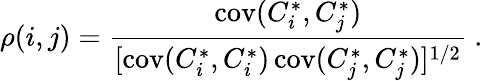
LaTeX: \rho(i,j)=\frac{\mathrm{cov}(C_{i}^{*},C_{j}^{*})}{[\mathrm{cov}(C_{i}^{*},C_{i}^{*})\, \mathrm{cov}(C_{j}^{*},C_{j}^{*})]^{1/2}}~.